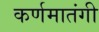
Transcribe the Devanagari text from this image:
कर्णमातंगी